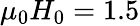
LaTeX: \mu_{0}H_{0}=1.5